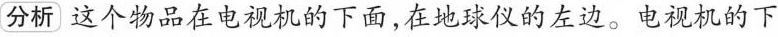
分析这个物品在电视机的下面，在地球仪的左边。电视机的下